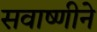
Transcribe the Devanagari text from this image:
सवाष्णीने